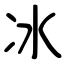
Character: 冰